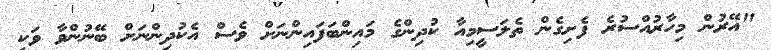
"އޭރުން މިހާރުއްސުރެ ފެށިގެން ތެލަސީމިއާ ކުދިންގެ މައިންބަފައިންނަށް ވެސް އެކުދިންނަށް ބޭނުންވާ ވަކި